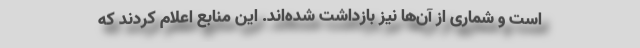
است و شماری از آن‌ها نیز بازداشت شده‌اند. این منابع اعلام کردند که